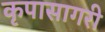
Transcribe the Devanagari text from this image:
कृपासागरी